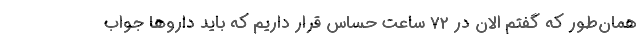
همان‌طور که گفتم الان در 72 ساعت حسّاس قرار داریم که باید داروها جواب